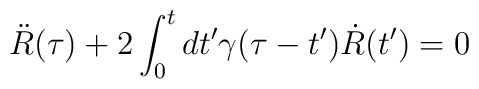
\ddot{R}(\tau) + 2 \int^t_0{dt'} \gamma(\tau-t') \dot{R}(t') = 0